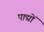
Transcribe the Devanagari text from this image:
पाद्मों